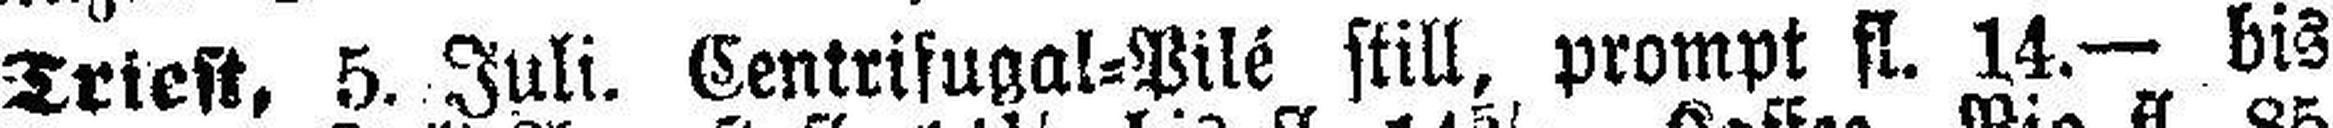
Triest, 5. Juli. Centrifugal=Pilé still, prompt fl. 14.— bis